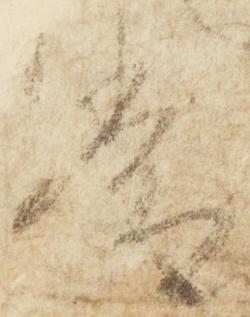
常